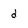
Character: d